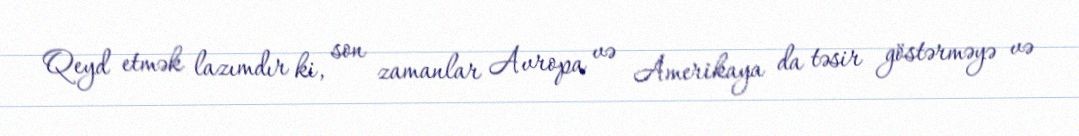
Qeyd etmək lazımdır ki, son zamanlar Avropa və Amerikaya da təsir göstərməyə və